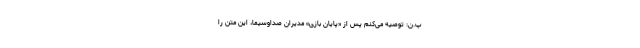
پ.ن: توصیه می‌کنم پس از «پایان بازیِ» مدیران صداوسیما، این متن را